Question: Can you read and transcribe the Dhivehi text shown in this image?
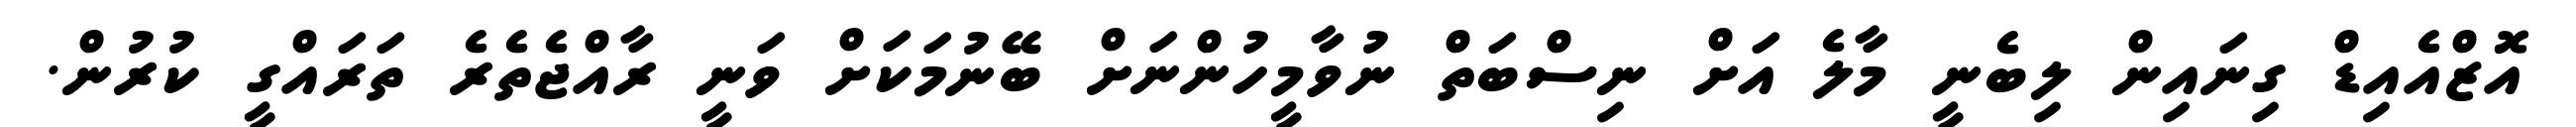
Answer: އޮޒްއެއިޑް ގިނައިން ލިބެނީ މާލެ އަށް ނިސްބަތް ނުވާމީހުންނަށް ބޭނުމަކަށް ވަނީ ރާއްޖެތެރެ ތަރައްގީ ކުރުން.